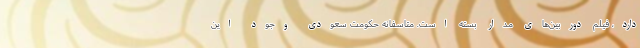
دارد، فیلم دوربین‌های مدار بسته است. متاسفانه حکومت سعودی وجود این